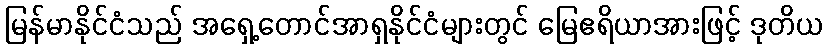
မြန်မာနိုင်ငံသည် အရှေ့တောင်အာရှနိုင်ငံများတွင် မြေဧရိယာအားဖြင့် ဒုတိယ